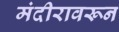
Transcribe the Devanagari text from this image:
मंदीरावरून